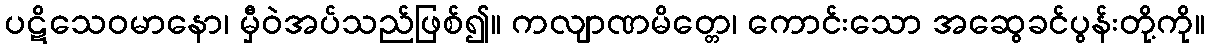
ပဋိသေဝမာနော၊ မှီဝဲအပ်သည်ဖြစ်၍။ ကလျာဏမိတ္တေ၊ ကောင်းသော အဆွေခင်ပွန်းတို့ကို။